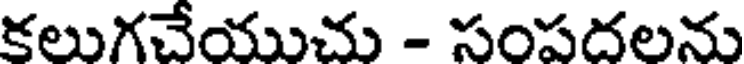
కలుగచేయుచు - సంపదలను